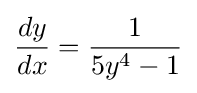
{\frac {dy}{dx}}={\frac {1}{5y^{4}-1}}